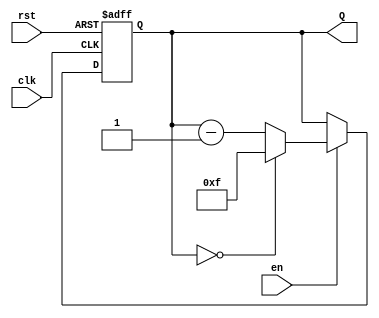
module binary_down_counter #(
    parameter N = 4  // Number of bits for the counter
)(
    input wire clk,       // Clock input
    input wire rst,       // Asynchronous reset input
    input wire en,        // Enable input
    output reg [N-1:0] Q  // Counter output
);

    // Maximum count value
    localparam MAX_COUNT = (1 << N) - 1; // 2^N - 1

    // Sequential logic for the counter
    always @(posedge clk or posedge rst) begin
        if (rst) begin
            // Reset the counter to maximum value
            Q <= MAX_COUNT;
        end else if (en) begin
            // Decrement the counter
            if (Q == 0) begin
                Q <= MAX_COUNT; // Wrap around to maximum value
            end else begin
                Q <= Q - 1; // Decrement the counter
            end
        end
    end

endmodule